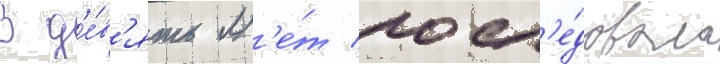
В д'е́в'ять л'е́т посл'е́довала